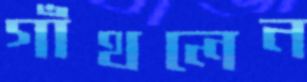
গাঁথলেন